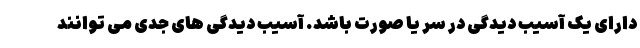
دارای یک آسیب دیدگی در سر یا صورت باشد. آسیب دیدگی های جدی می توانند